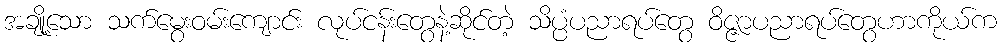
အချို့သော သက်မွေးဝမ်းကျောင်း လုပ်ငန်းတွေနဲ့ဆိုင်တဲ့ သိပ္ပံပညာရပ်တွေ ဝိဇ္ဇာပညာရပ်တွေဟာကိုယ်က